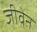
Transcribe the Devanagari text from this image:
जीवेन